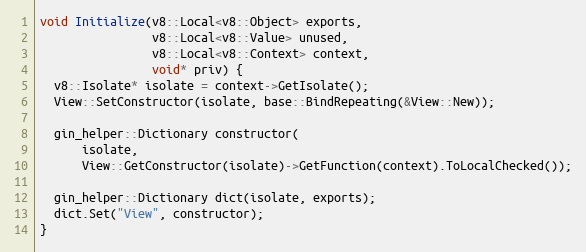
Language: C++
void Initialize(v8::Local<v8::Object> exports,
                v8::Local<v8::Value> unused,
                v8::Local<v8::Context> context,
                void* priv) {
  v8::Isolate* isolate = context->GetIsolate();
  View::SetConstructor(isolate, base::BindRepeating(&View::New));

  gin_helper::Dictionary constructor(
      isolate,
      View::GetConstructor(isolate)->GetFunction(context).ToLocalChecked());

  gin_helper::Dictionary dict(isolate, exports);
  dict.Set("View", constructor);
}